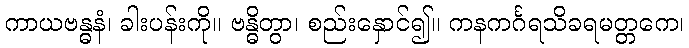
ကာယဗန္ဓနံ၊ ခါးပန်းကို။ ဗန္ဓိတွာ၊ စည်းနှောင်၍။ ကနကင်္ဂရသိခရမတ္တကေ၊